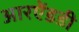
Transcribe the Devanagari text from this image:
आरऐंडडी